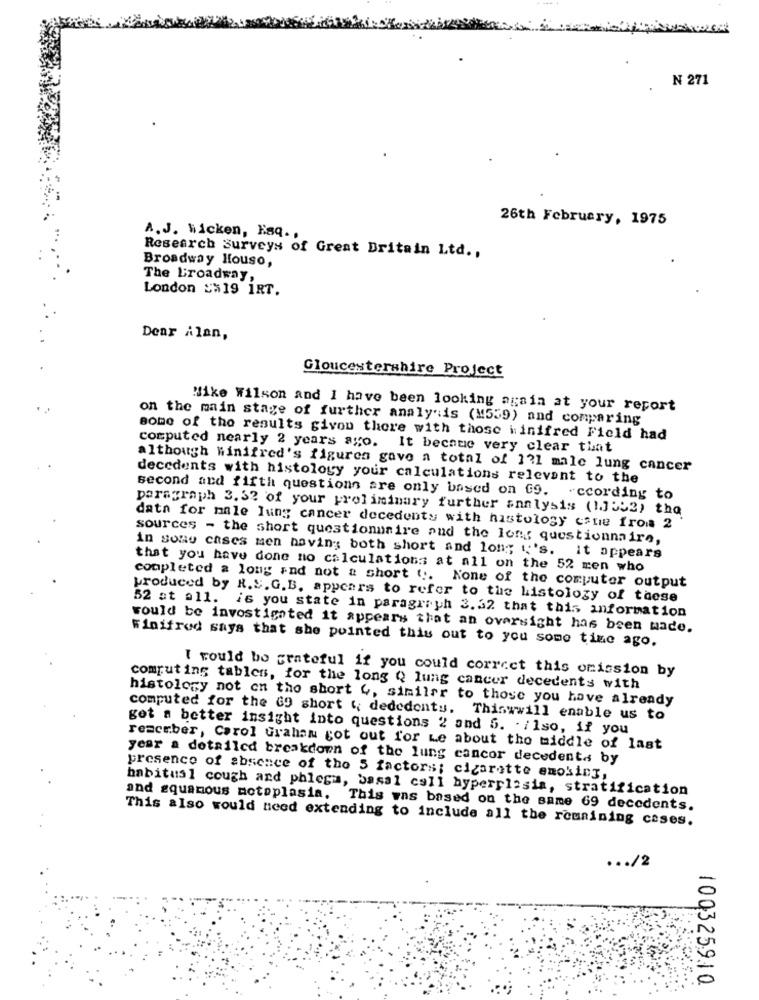
N 271
26th February, 1975
A. J. hicken, Esq .,
Broadway Houso,
Research Surveys of Great Britain Ltd .,
The Broadway,
London $=19 1RT.
Dear Alan,
Gloucestershire Project
Bike Wilson and I have been looking again at your report
on the main stage of further analysis (M539) and comparing
some of the results givon there with those i:inifred Field had
computed nearly 2 years ago. It became very clear that
although Winifred's figuren gave a total of 131 male lung cancer
decedents with histology your calculations relevant to the
second and fifth questions are only based on Co. ccording to
paragraph 3.32 of your preliminary further analysis (11552) the
data for male lung cancer decedenty with histology came from 2
sources - the short questionnaire and the long questionnaire,
in some cases men having both short and long i's. it appears
that you have done no calculations at all on the 52 men who
completed a long and not a short ( .. None of the computer output
produced by R.S. G.B. appears to refer to the Listology of these
52 at all. is you state in paragraph 3.32 that this information
would be investigated it appears that an oversight has been made.
Winifred says that she pointed this out to you some time ago.
I would be grateful if you could correct this omission by
computing tables, for the long Q lung cancer decedents with
histology not on the short 4, similar to those you have already
computed for the GO short (, dededents. Thiswwill enable us to
get a better insight into questions 2 and 5. . ilso, if you
receber, Carol Graham got out for Le about the middle of last
year a detailed breakdown of the lung cancor decedente by
presence of absence of the 5 factors; cigarette smoking,
habitus1 cough and phlega, basal cell hyperplasia, stratification
and squamous motoplasia. This was based on the same 69 decedents.
This also would need extending to include all the remaining cases.
... /2
100325910